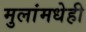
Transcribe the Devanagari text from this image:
मुलांमधेही